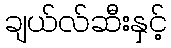
ချယ်လ်ဆီးနှင့်